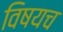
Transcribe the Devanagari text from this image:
विषयच